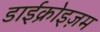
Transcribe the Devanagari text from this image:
डाईक्रोइज़म